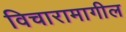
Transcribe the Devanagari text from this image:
विचारामागील